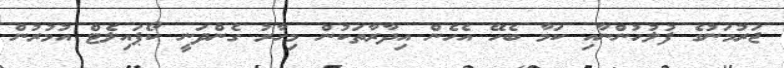
ޖަރުމަނުގެ ފުލުހުންނާއި ކަމާ ބެހޭ އެހެން އިދާރާތަކުން މިހާރު ގެންދަނީ ކޯޕައިލެޓް އުމުރުން